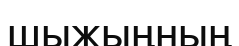
шыжыңның